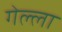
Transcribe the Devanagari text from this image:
गेल्ला